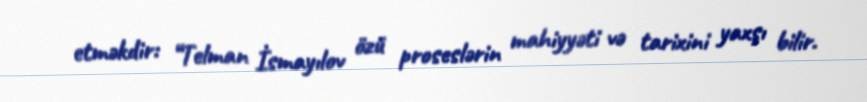
etməkdir: “Telman İsmayılov özü proseslərin mahiyyəti və tarixini yaxşı bilir.